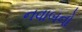
નવાબનો